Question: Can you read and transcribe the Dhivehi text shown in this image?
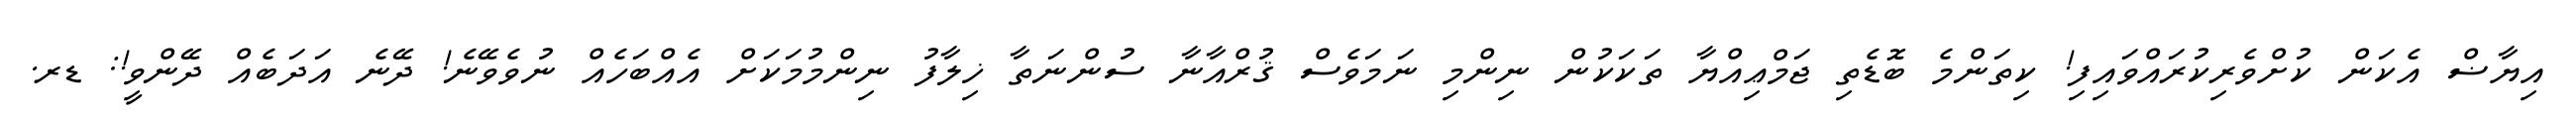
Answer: އިޔާޟް އެކަން ކުށްވެރިކުރައްވައިފި! ކިތަންމެ ބޮޑެތި ޖަމްޢިއްޔާ ތަކަކުން ނިންމި ނަމަވެސް ޤުރްއާނާ ސުންނަތާ ޚިލާފު ނިންމުމަކަށް އެއްބަހެއް ނުވެވޭނެ! ދޭނެ އަދަބެއް ދޭންވީ!: ޑރ.